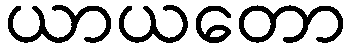
ယာယတော